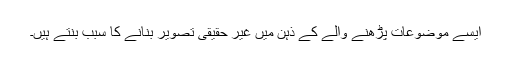
ایسے موضوعات پڑھنے والے کے ذہن میں غیر حقیقی تصویر بنانے کا سبب بنتے ہیں۔